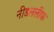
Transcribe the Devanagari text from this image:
नीडललीफ